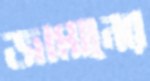
জামানের